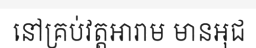
នៅគ្រប់វត្តអារាម មានអុជ